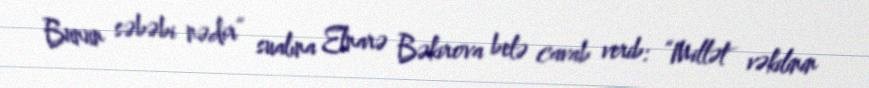
Bunun səbəbi nədir” sualına Elnarə Bəkirova belə cavab verib: “Millət vəkilinin